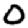
Digit: 0